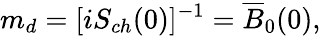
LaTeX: m_{d}=[iS_{ch}(0)]^{-1}=\overline{{B}}_{0}(0),